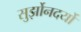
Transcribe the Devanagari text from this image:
सुर्झोनदर्यो